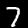
Digit: 7